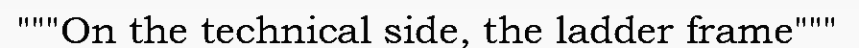
"""On the technical side, the ladder frame"""